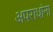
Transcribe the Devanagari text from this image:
अपराधांना